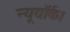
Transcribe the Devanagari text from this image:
न्यूयॉर्क।